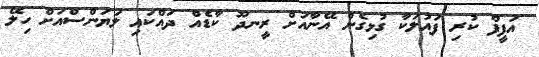
އަފީފް ކުރި ފައުލަކާ ގުޅިގެން އޭނާއަށް ރީނދޫ ކާޑެއް ދައްކައި ލަޔަންސްއަށް ހިލޭ